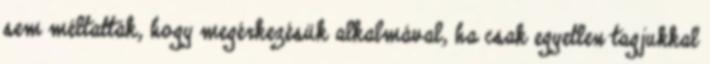
sem méltatták, hogy megérkezésük alkalmával, ha csak egyetlen tagjukkal